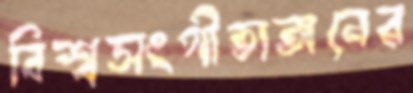
বিশ্বসংগীতাঙ্গনের